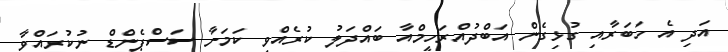
އަދި އެ ހަބަރާއި ގުޅިގެން އަބްދުއްރަހީމްއާ ބައްދަލު ކުރެއްވި ކަމަށާ ސަސްޕެންޑް ނުކުރައްވާ